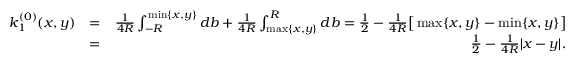
\begin{array} { r l r } { k _ { 1 } ^ { ( 0 ) } ( x , y ) } & { = } & { \frac { 1 } { 4 R } \int _ { - R } ^ { \operatorname* { m i n } \{ x , y \} } d b + \frac { 1 } { 4 R } \int _ { \operatorname* { m a x } \{ x , y \} } ^ { R } d b = \frac { 1 } { 2 } - \frac { 1 } { 4 R } \big [ \operatorname* { m a x } \{ x , y \} - \operatorname* { m i n } \{ x , y \} \big ] } \\ & { = } & { \frac { 1 } { 2 } - \frac { 1 } { 4 R } | x - y | . } \end{array}